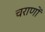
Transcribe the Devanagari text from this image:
चराणों